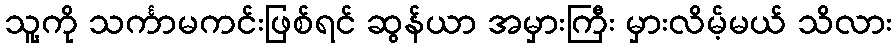
သူ့ကို သင်္ကာမကင်းဖြစ်ရင် ဆွန်ယာ အမှားကြီး မှားလိမ့်မယ် သိလား